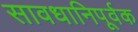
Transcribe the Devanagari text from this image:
सावधानिपूर्वक